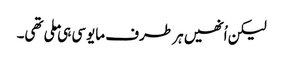
لیکن اُنھیں ہر طرف مایوسی ہی ملی تھی۔